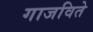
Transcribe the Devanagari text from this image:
गाजविते